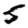
Digit: 5